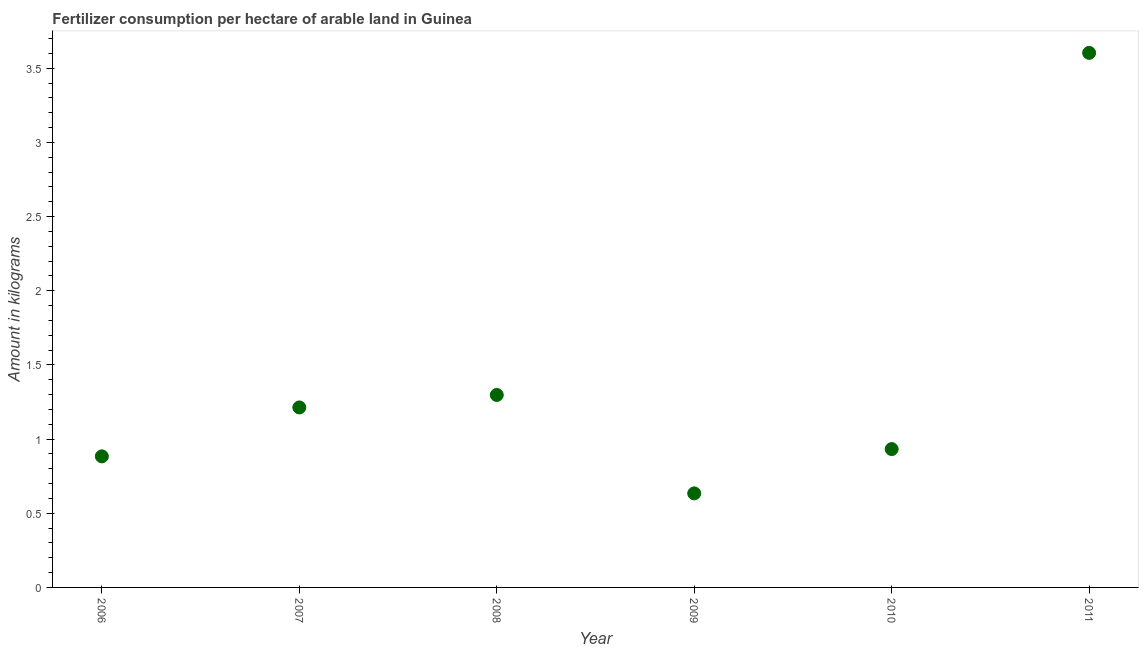
| Year | Fertilizer consumption |
 | --- | --- |
 | 2006 | 0.884 |
 | 2007 | 1.21 |
 | 2008 | 1.3 |
 | 2009 | 0.634 |
 | 2010 | 0.933 |
 | 2011 | 3.6 |